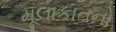
મૂલાકાતનો